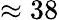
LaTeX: \approx 38